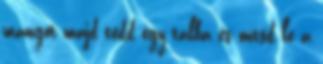
mangót majd tedd egy tálba és öntsd le a